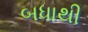
બધાથી